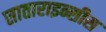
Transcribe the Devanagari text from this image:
साताराइन्सीस